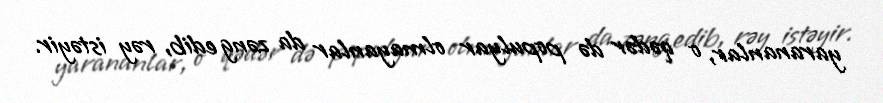
yarananlar, o qədər də populyar olmayanlar da zəng edib, rəy istəyir.